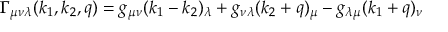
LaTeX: \Gamma _ { \mu \nu \lambda } ( k _ { 1 } , k _ { 2 } , q ) = g _ { \mu \nu } ( k _ { 1 } - k _ { 2 } ) _ { \lambda } + g _ { \nu \lambda } ( k _ { 2 } + q ) _ { \mu } - g _ { \lambda \mu } ( k _ { 1 } + q ) _ { \nu }